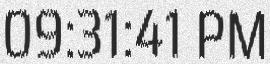
09:31:41 PM